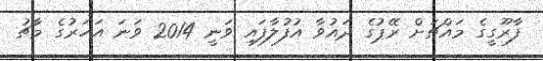
ފާރޫގީގެ މައްޗަށް ރޭޕުގެ ދައުވާ އުފުލާފައި ވަނީ 2014 ވަނަ އަހަރުގެ މާޗު